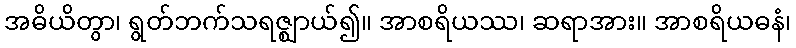
အဓိယိတွာ၊ ရွတ်ဘက်သရဇ္ဈာယ်၍။ အာစရိယဿ၊ ဆရာအား။ အာစရိယဓနံ၊